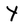
Character: Y